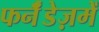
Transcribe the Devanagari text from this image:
फर्नॅंडेज़में